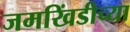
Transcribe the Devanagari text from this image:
जमखिंडीच्या